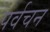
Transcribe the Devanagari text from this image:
पर्वचन